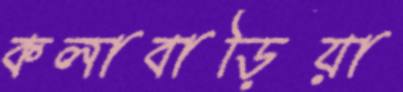
কলাবাড়িয়া